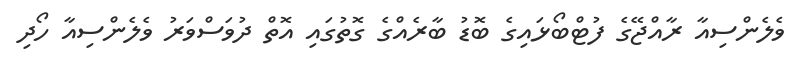
ވެލެންސިއާ ރާއްޖޭގެ ފުޓްބޯޅައިގެ ބޮޑު ބާރެއްގެ ގޮތުގައި އޮތް ދުވަސްވަރު ވެލެންސިއާ ހޯދި